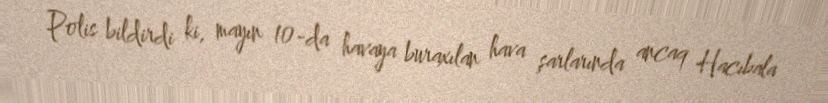
Polis bildirdi ki, mayın 10-da havaya buraxılan hava şarlarında ancaq Hacıbala